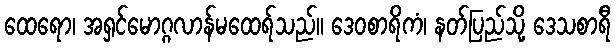
ထေရော၊ အရှင်မောဂ္ဂလာန်မထေရ်သည်။ ဒေဝစာရိကံ၊ နတ်ပြည်သို့ ဒေသစာရီ